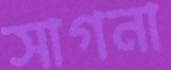
সাগনা